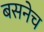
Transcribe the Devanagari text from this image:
बसनेच